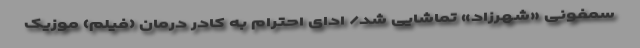
سمفونی «شهرزاد» تماشایی شد/ ادای احترام به کادر درمان (فیلم) موزیک